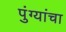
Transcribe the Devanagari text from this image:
पुंग्यांचा